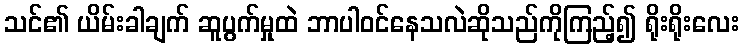
သင်၏ ယိမ်းခါချက် ဆူပွက်မှုထဲ ဘာပါဝင်နေသလဲဆိုသည်ကိုကြည့်၍ ရိုးရိုးလေး